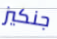
جنكيز